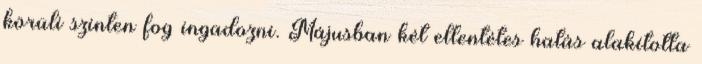
körüli szinten fog ingadozni. Májusban két ellentétes hatás alakította